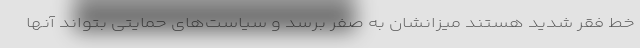
خط فقر شدید هستند میزانشان به صفر برسد و سیاست‌های حمایتی بتواند آنها